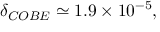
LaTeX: \delta _ { C O B E } \simeq 1 . 9 \times 1 0 ^ { - 5 } ,